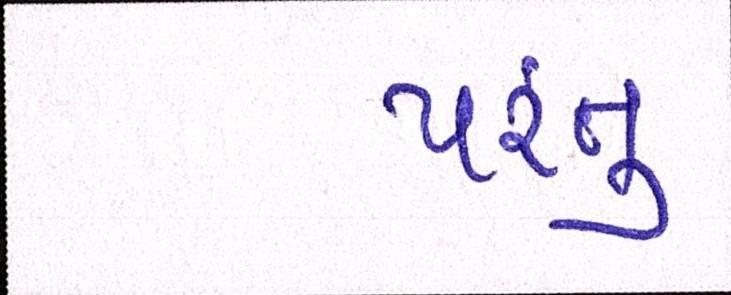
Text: પંરતુ